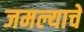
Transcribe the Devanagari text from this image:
जमल्याचे